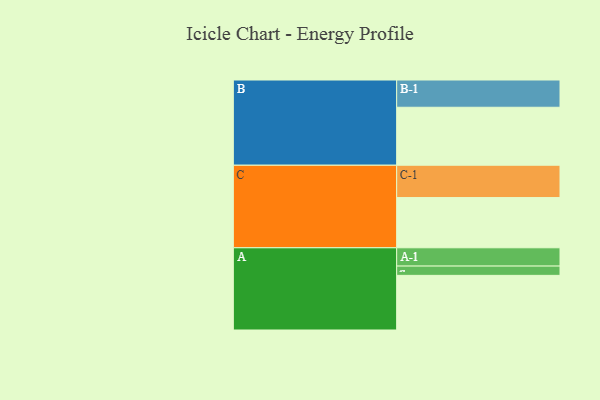
{"axis": {"x": "Segment", "y": "Value"}, "legend": ["", "A", "B", "C"], "data": [{"x": "A", "y": 505, "type": ""}, {"x": "B", "y": 536, "type": ""}, {"x": "C", "y": 464, "type": ""}, {"x": "A-1", "y": 169, "type": "A"}, {"x": "A-2", "y": 86, "type": "A"}, {"x": "B-1", "y": 252, "type": "B"}, {"x": "C-1", "y": 299, "type": "C"}]}